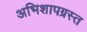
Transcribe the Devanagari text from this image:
अभिशापग्रस्त